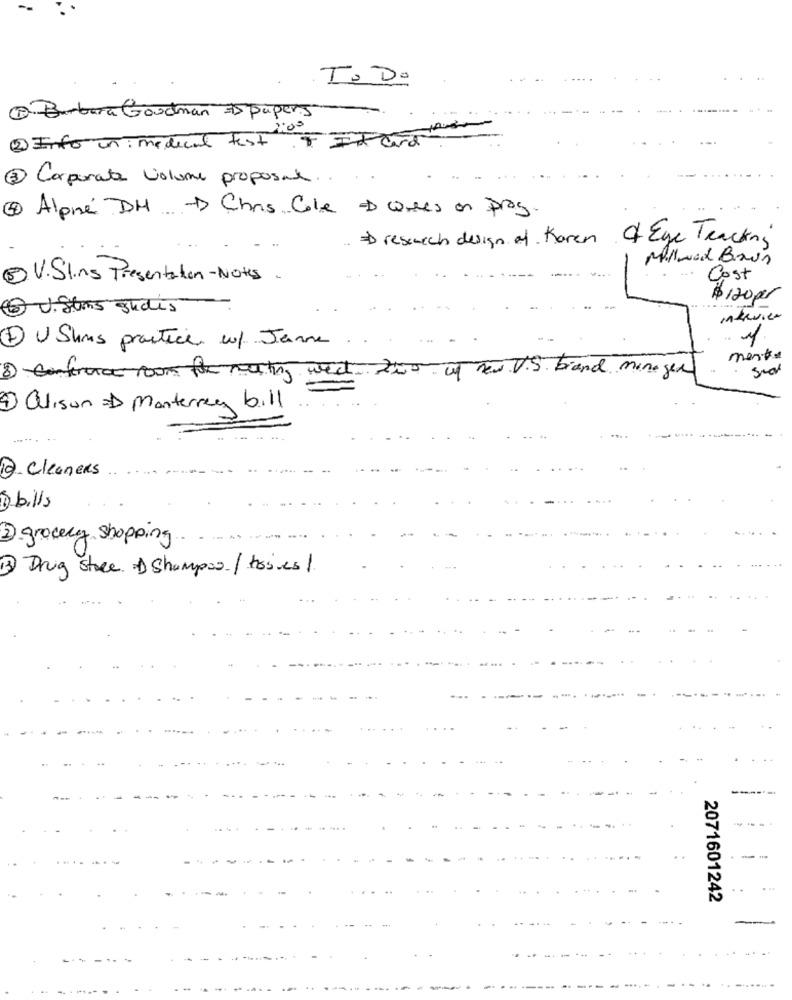
--
To Do
@ Barbara Goodman 75 Papers
2 Info inimedical test FI Card
3 Corporate volume proposal ..
Alpine DH - Chris Cole D crees on prog.
„ ED research design of Karen of Eye Tracking
Millwood Bain
2 V. Sling Presentation-Notes.
Cost
$120per
5) J. Stins guides
Intevier
1 U Shus practice w/ Janne
ment
facroom for marting west. 2wo of new. V.S. brand minegen
4 Alison = Monterrey bill
12. Cleaners
) bills
2) grocery shopping
13) Drug store. & Shampoo / hoses/
2071601242